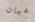
عيان